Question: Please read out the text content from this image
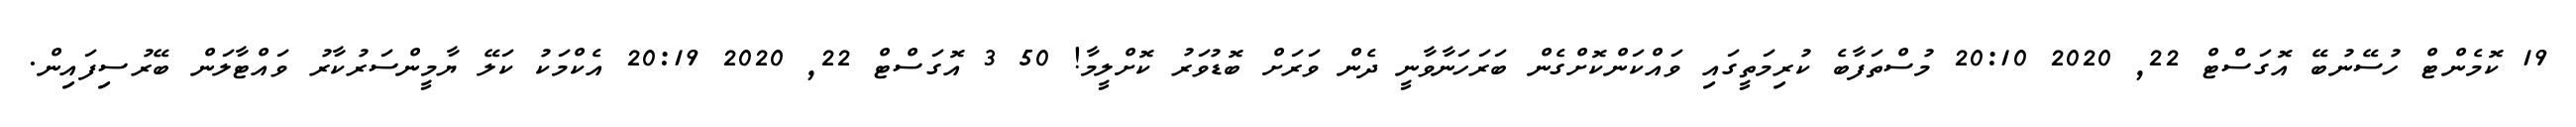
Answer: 19 ކޮމެންޓް ހުސޭނުބޭ އޮގަސްޓް 22, 2020 20:10 މުސްތަފާބެ ކުރިމަތީގައި ވައްކަންކޮށްގެން ބަރަހަނާވާނީ ދެން ވަރަށް ބޮޑުވަރު ކޮށްލީމާ! 50 3 އޮގަސްޓް 22, 2020 20:19 އެކްމަކު ކަލޭ ޔާމީންސަރުކާރު ވައްޓާލަން ބޭރުސިފައިން.